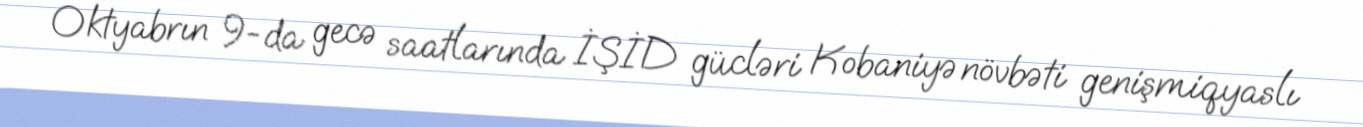
Oktyabrın 9-da gecə saatlarında İŞİD gücləri Kobaniyə növbəti genişmiqyaslı